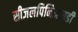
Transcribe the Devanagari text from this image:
सीज़लपिनिआयडी